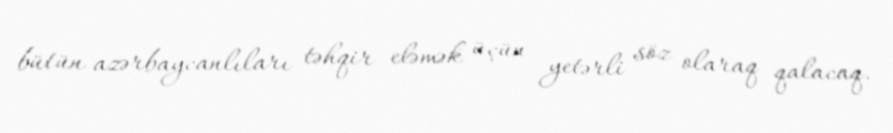
bütün azərbaycanlıları təhqir eləmək üçün yetərli söz olaraq qalacaq.